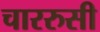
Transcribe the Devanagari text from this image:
चाररुसी